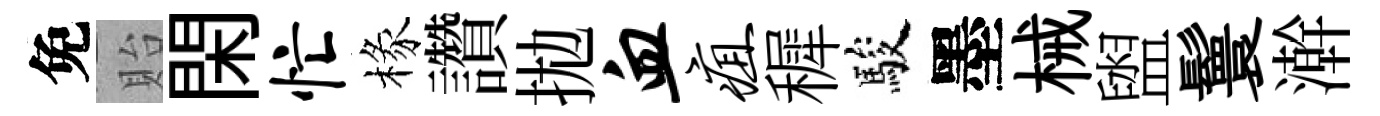
免貽閑忙椽讚拋血疽穉駿墨械盥鬟澣